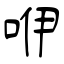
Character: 咿